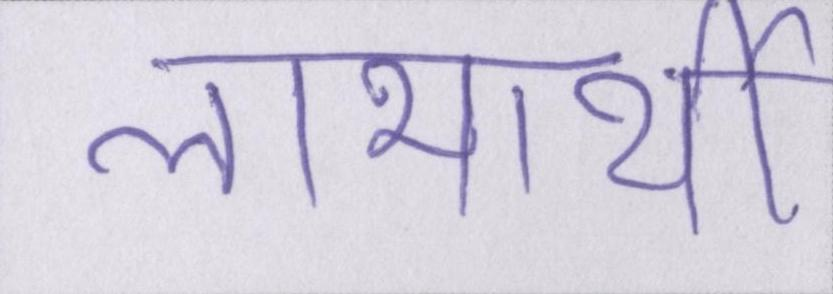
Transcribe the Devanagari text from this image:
लाभार्थी